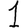
Digit: 1